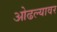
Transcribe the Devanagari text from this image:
ओढल्यावर